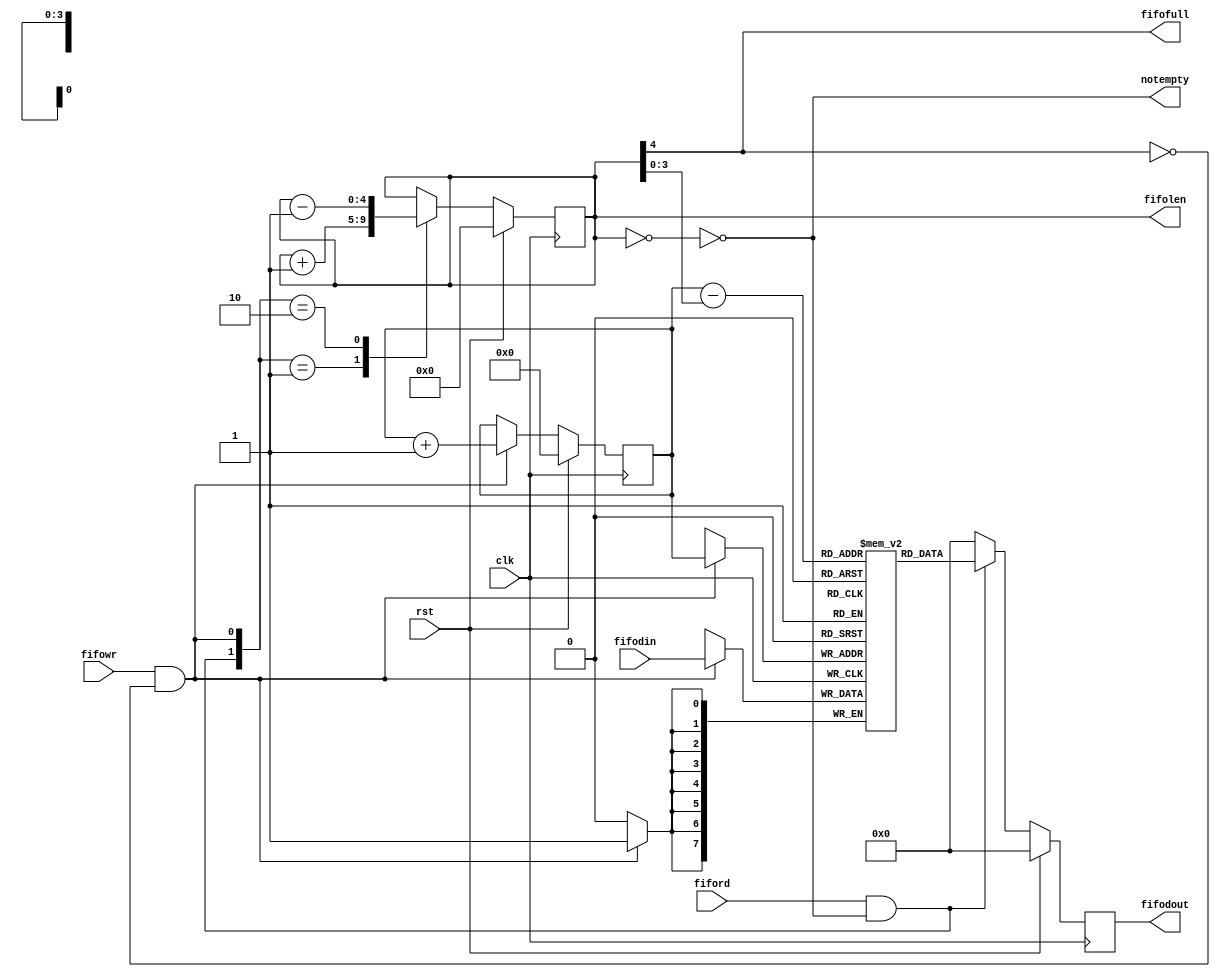
// Description     : The fifo use registers as a memorie.
//////////////////////////////////////////////////////////////////////////////////
module fifox
    (
     clk,
     rst,
     fiford,        // fifo read signal
     fifowr,        // fifo write signal
     fifodin,       // fifo data in
     fifofull,      // fifo full signal, high when fifo is full
     fifolen,       // fifo len
     notempty,      // fifo not empty signal, high when fifo is not empty
     fifodout       // fifo data out
     );

parameter ADDRBIT = 4;
parameter LENGTH = 16;
parameter WIDTH = 8;
parameter FIFODOUT_NOLATCH = 1'b1;

input   clk,
        rst,
        fiford,
        fifowr;

input [WIDTH-1:0] fifodin;

output  fifofull,
        notempty;

output [ADDRBIT:0] fifolen;

output  [WIDTH-1:0] fifodout;


reg     [WIDTH-1:0]     memfifo [LENGTH-1:0];
reg     [ADDRBIT:0]     fifo_len= {1'b0,{ADDRBIT{1'b0}}};
reg     [ADDRBIT-1:0]   wrcnt = {ADDRBIT{1'b0}};

wire    fifoempt;
assign  fifoempt    =   (fifo_len=={1'b0,{ADDRBIT{1'b0}}});

wire    notempty;
assign  notempty    =   !fifoempt;

wire    fifofull;
assign  fifofull    =   (fifo_len[ADDRBIT]);

assign  fifolen     =   fifo_len;

wire    write;
assign  write       =   (fifowr& !fifofull);

wire    read;
assign  read        =   (fiford& !fifoempt);

wire    [ADDRBIT-1:0]   rdcnt;
assign  rdcnt       =   wrcnt - fifo_len[ADDRBIT-1:0];

//integer     i;
always @(posedge clk)
    begin
    //if(rst) for(i=0; i<LENGTH; i=i+1) memfifo[i] <= {WIDTH{1'b0}};
    if(write) memfifo[wrcnt] <= fifodin;
    end


always @(posedge clk)
    begin
    if(rst)       wrcnt <= {ADDRBIT{1'b0}};
    else if(write)  wrcnt    <= wrcnt  + 1'b1;
    end

always @(posedge clk)
    begin
    if(rst) fifo_len  <= {1'b0,{ADDRBIT{1'b0}}};
    else
        case({read,write})
        2'b01: fifo_len <= fifo_len + 1'b1;
        2'b10: fifo_len <= fifo_len - 1'b1;
        default: fifo_len <= fifo_len;
        endcase
    end

reg     [WIDTH-1:0] fifodout = {WIDTH{1'b0}};
always @(posedge clk)
    begin
    if(rst) fifodout <= {WIDTH{1'b0}};
    else if(read) fifodout <= memfifo[rdcnt];
    //else fifodout <= {WIDTH{1'b0}};
    else if(FIFODOUT_NOLATCH) fifodout <= {WIDTH{1'b0}};
    end

endmodule // fifox